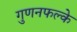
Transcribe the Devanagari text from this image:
गुणनफल्के